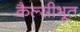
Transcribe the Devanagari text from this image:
कैल्सीभूत